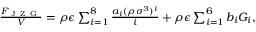
\begin{array} { r } { \frac { F _ { \mathrm { ~ J ~ Z ~ G ~ } } } { V } = \rho \epsilon \sum _ { i = 1 } ^ { 8 } \frac { a _ { i } ( \rho \sigma ^ { 3 } ) ^ { i } } { i } + \rho \epsilon \sum _ { i = 1 } ^ { 6 } b _ { i } G _ { i } , } \end{array}